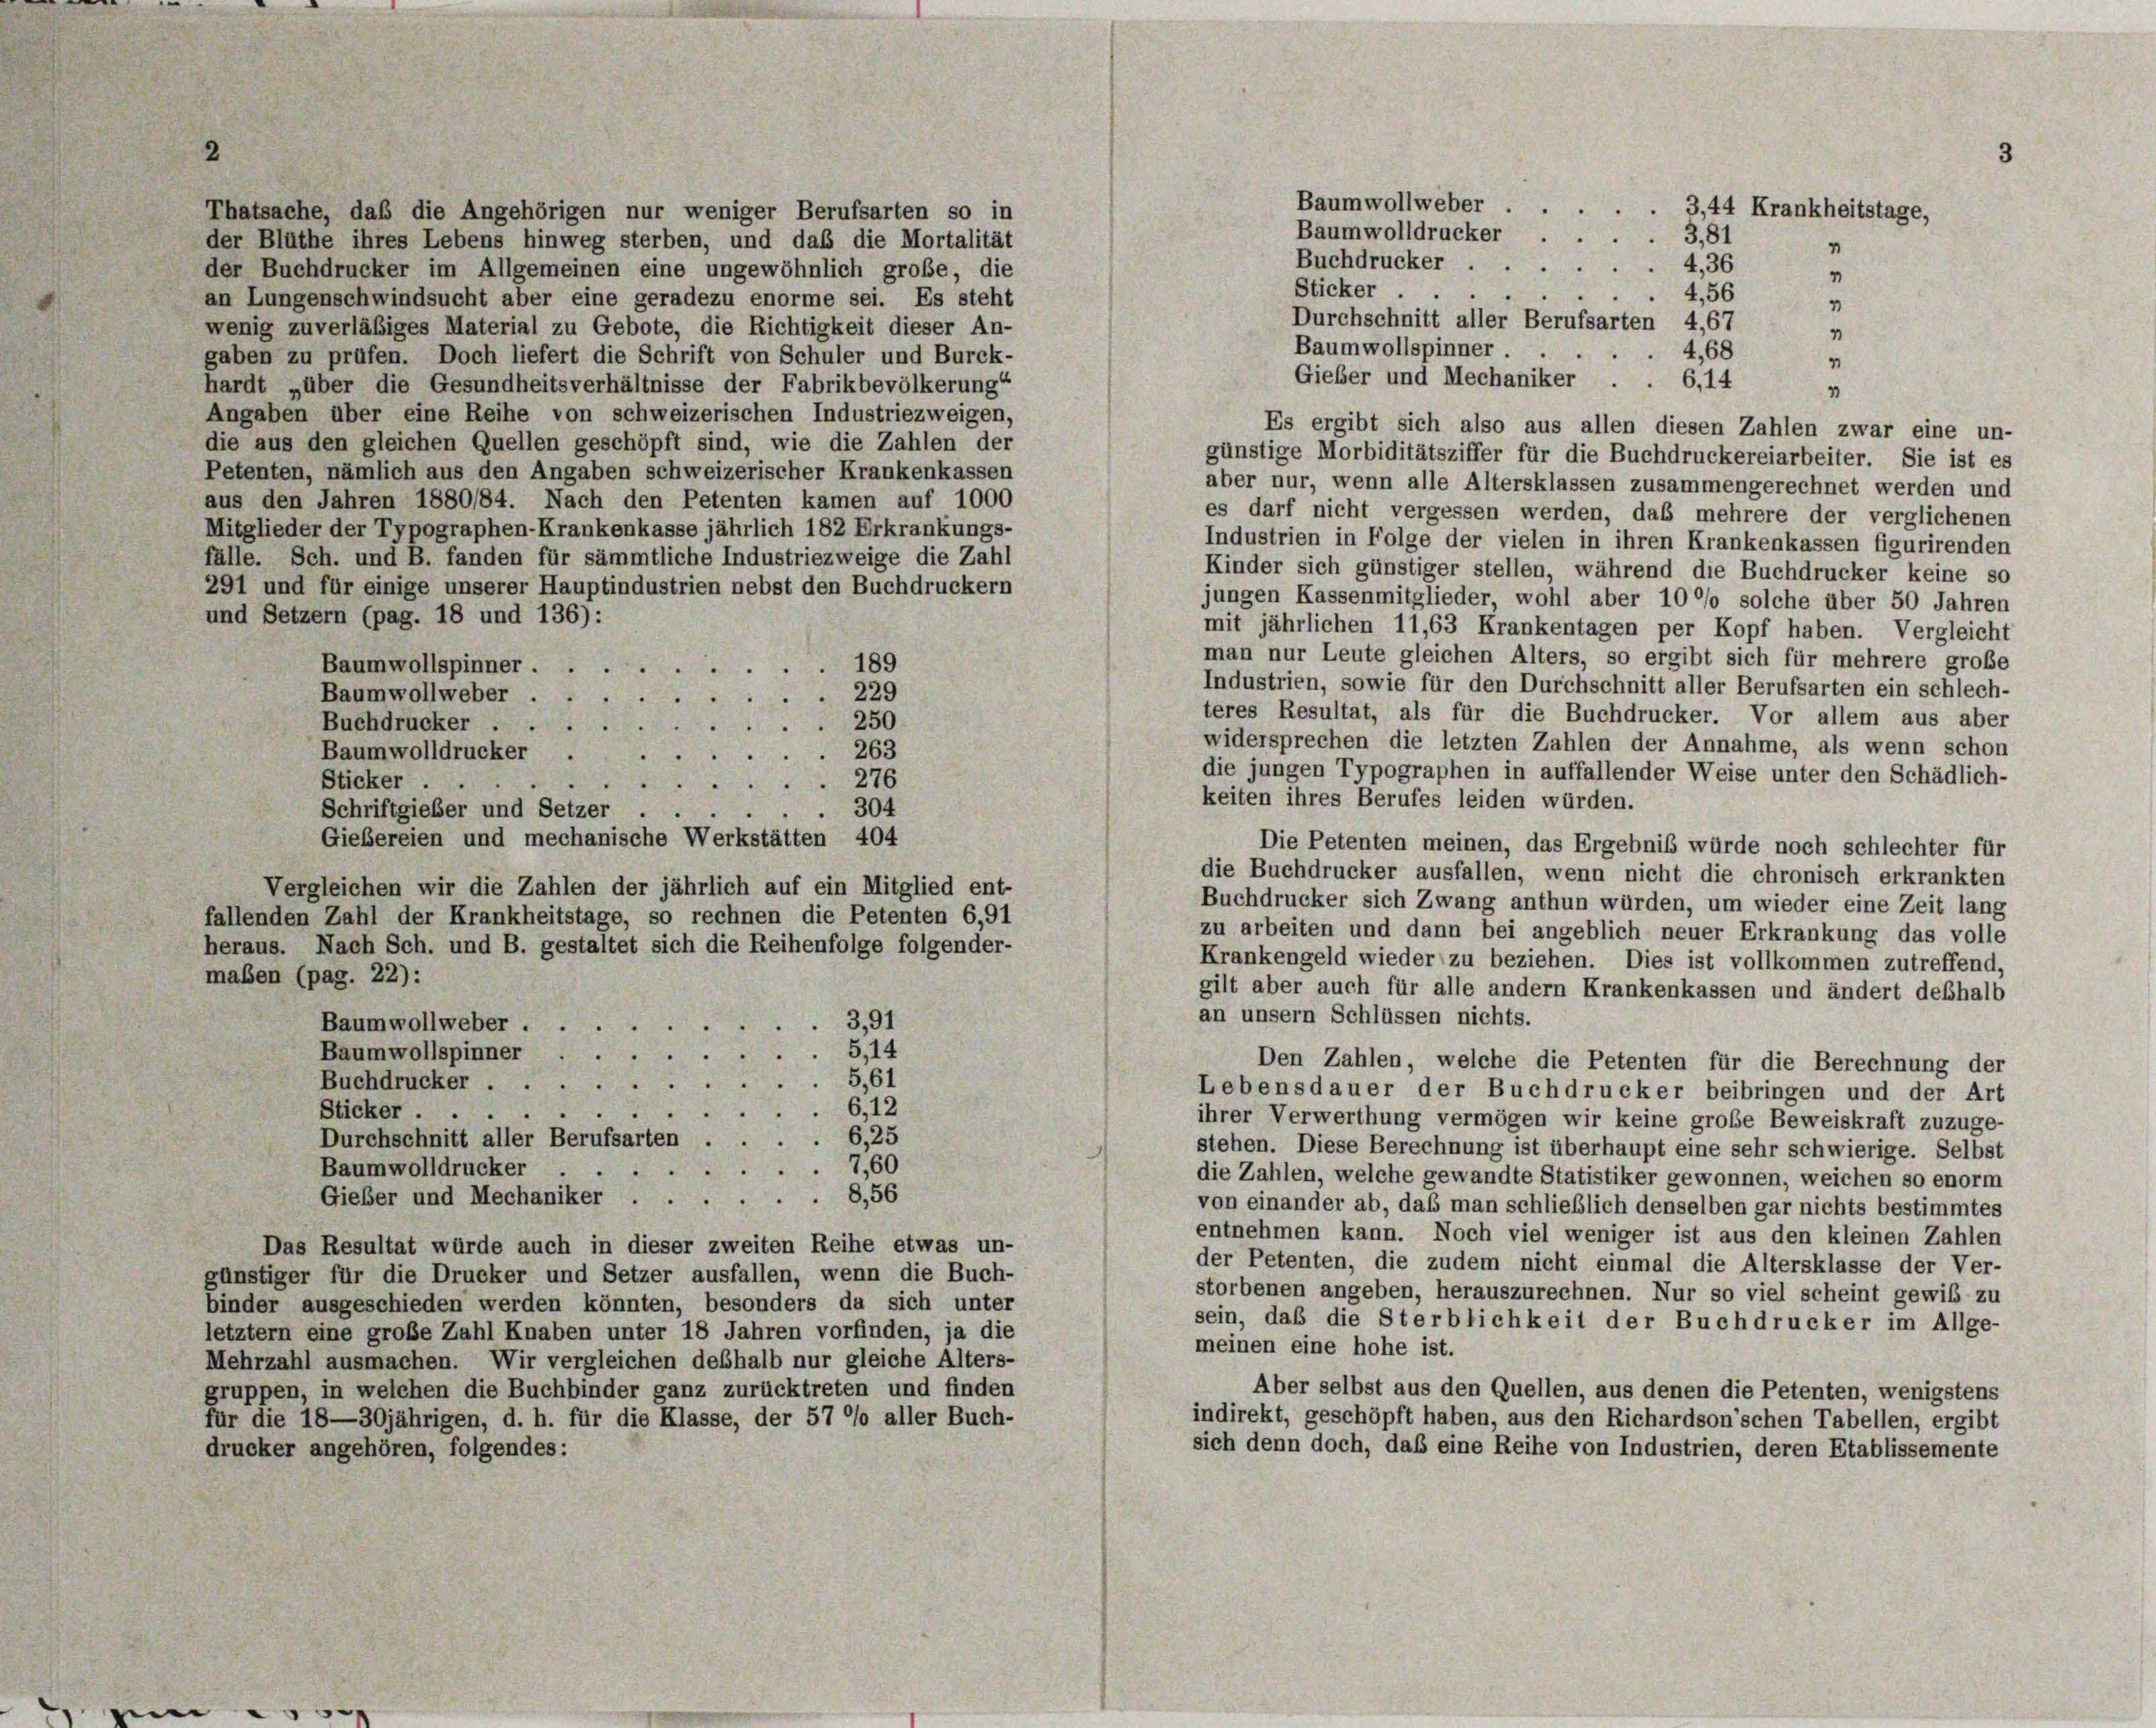
Baumwolldrucker
der Blüthe ihres Lebens hinweg sterben, und daß die Mortalität
Buchdrucker.
4,36
der Buchdrucker im Allgemeinen eine ungewöhnlich große, die
Sticker
4,56
an Lungenschwindsucht aber eine geradezu enorme sei. Es steht
1
Durchschnitt aller Berufsarten 4,67
wenig zuverläßiges Material zu Gebote, die Richtigkeit dieser An-
1
Baumwollspinner.
4,68
gaben zu prüfen. Doch liefert die Schrift von Schuler und Burck-
1
Gieber und Mechaniker .
6,14
hardt „über die Gesundheitsverhältnisse der Fabrikbevölkerung“
1
Angaben über eine Reihe von schweizerischen Industriezweigen,
Es ergibt sich also aus allen diesen Zahlen zwar eine un-
die aus den gleichen Quellen geschöpft sind, wie die Zahlen der
günstige Morbiditätsziffer für die Buchdruckereiarbeiter. Sie ist es
Petenten, nämlich aus den Angaben schweizerischer Krankenkassen
aber nur, wenn alle Altersklassen zusammengerechnet werden und
aus den Jahren 1880/84. Nach den Petenten kamen auf 1000
es darf nicht vergessen werden, daß mehrere der verglichenen
Mitglieder der Typographen-Krankenkasse jährlich 182 Erkrankungs-
Industrien in Folge der vielen in ihren Krankenkassen figurirenden
fälle. Sch. und B. fanden für sämmtliche Industriezweige die Zahl
Kinder sich günstiger stellen, während die Buchdrucker keine so
291 und für einige unserer Hauptindustrien nebst den Buchdruckern
jungen Kassenmitglieder, wohl aber 100 solche über 50 Jahren
und Setzern (pag. 18 und 136):
mit jährlichen 11,63 Krankentagen per Kopf haben. Vergleicht
man nur Leute gleichen Alters, so ergibt sich für mehrere große
189
Baumwollspinner.
Industrien, sowie für den Durchschnitt aller Berufsarten ein schlech-
Baumwollweber ..
229
teres Resultat, als für die Buchdrucker. Vor allem aus aber
250
Buchdrucker ...
x
widersprechen die letzten Zahlen der Annahme, als wenn schon
Baumwolldrucker
263
die jungen Typographen in auffallender Weise unter den Schädlich-
276
Sticker.

keiten ihres Berufes leiden würden.
304
Schriftgieber und Setzer
Giebereien und mechanische Werkstätten 404
Die Petenten meinen, das Ergebniß würde noch schlechter für
die Buchdrucker ausfallen, wenn nicht die chronisch erkrankten
Vergleichen wir die Zahlen der jährlich auf ein Mitglied ent-
Buchdrucker sich Zwang anthun würden, um wieder eine Zeit lang
fallenden Zahl der Krankheitstage, so rechnen die Petenten 6,91
zu arbeiten und dann bei angeblich neuer Erkrankung das volle
heraus. Nach Sch. und B. gestaltet sich die Reihenfolge folgender-
Krankengeld wieder zu beziehen. Dies ist vollkommen zutreffend,
maben (pag. 22):
gilt aber auch für alle andern Krankenkassen und ändert deßhalb
an unsern Schlüssen nichts.
3,91
Baumwollweber .
d
5,14
Baumwollspinner
Den Zahlen, welche die Petenten für die Berechnung der
5,61
Buchdrucker . .
d
Lebensdauer der Buchdrucker beibringen und der Art
6,12
Sticker.
.
ihrer Verwerthung vermögen wir keine große Beweiskraft zuzuge
Durchschnitt aller Berufsarten.6,25
stehen. Diese Berechnung ist überhaupt eine sehr schwierige. Selbst
Baumwolldrucker
7,60
die Zahlen, welche gewandte Statistiker gewonnen, weichen so enorm
Gieber und Mechaniker8,56
von einander ab, daß man schließlich denselben gar nichts bestimmtes
entnehmen kann. Noch viel weniger ist aus den kleinen Zahlen
Das Resultat würde auch in dieser zweiten Reihe etwas un-
der Petenten, die zudem nicht einmal die Altersklasse der Ver-
günstiger für die Drucker und Setzer ausfallen, wenn die Buch-
storbenen angeben, herauszurechnen. Nur so viel scheint gewiß zu
binder ausgeschieden werden könnten, besonders da sich unter
sein, daß die Sterblichkeit der Buchdrucker im Allge-
letztem eine große Zahl Knaben unter 18 Jahren vorfinden, ja die
meinen eine hohe ist.
Mehrzahl ausmachen. Wir vergleichen deshalb nur gleiche Alters-
Aber selbst aus den Quellen, aus denen die Petenten, wenigstens
gruppen, in welchen die Buchbinder ganz zurücktreten und finden
indirekt, geschöpft haben, aus den Richardson’schen Tabellen, ergibt
für die 18—30jährigen, d. h. für die Klasse, der 57 °/o aller Buch-
sich denn doch, daß eine Reihe von Industrien, deren Etablissemente
drucker angehören, folgendes:

Thatsache, daß die Angehörigen nur weniger Berufsarten so in

Baumwollweber

3,44 Krankheitstage,
3,81
"

"